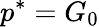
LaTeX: p^{*}=G_{0}